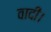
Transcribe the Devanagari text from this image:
वादी।